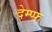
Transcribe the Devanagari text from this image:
देम्प्फ